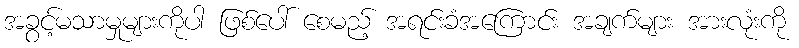
အခွင့်မသာမှုများကိုပါ ဖြစ်ပေါ် စေမည့် အရင်းခံအကြောင်း အချက်များ အားလုံးကို